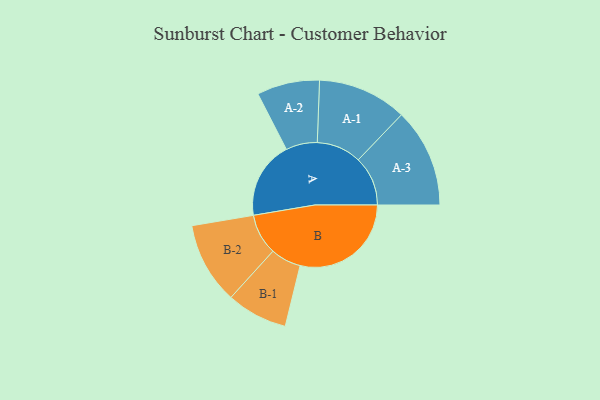
{"axis": {"x": "Segment", "y": "Value"}, "legend": ["", "A", "B"], "data": [{"x": "A", "y": 269, "type": ""}, {"x": "B", "y": 386, "type": ""}, {"x": "A-1", "y": 155, "type": "A"}, {"x": "A-2", "y": 109, "type": "A"}, {"x": "A-3", "y": 172, "type": "A"}, {"x": "B-1", "y": 106, "type": "B"}, {"x": "B-2", "y": 142, "type": "B"}]}